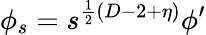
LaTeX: \phi_{s}=s^{\frac{1}{2}(D-2+\eta)}\phi^{\prime}